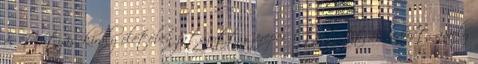
és Mátyás király életében játszott szerepéről tartott előadást, amely